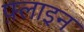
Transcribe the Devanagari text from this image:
फ़्लाइन